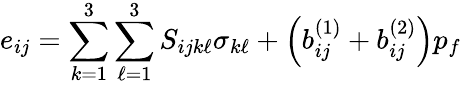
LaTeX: e_{ij}=\sum_{k=1}^{3}\sum_{\ell=1}^{3}S_{ijk\ell}\sigma_{k\ell}+\left(b_{ij}^{(1)}+b_{ij}^{(2)}\right)p_{f}